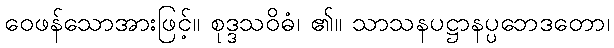
ဝေဖန်သောအားဖြင့်။ စုဒ္ဒသဝိဓံ၊ ၏။ သာသနပဋ္ဌာနပ္ပဘေဒတော၊